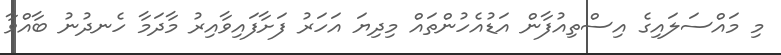
މި މައްސަލައިގެ އިސްތިއުފާން އަޑުއެހުންތައް މިދިޔަ އަހަރު ފަށާފައިވާއިރު މާދަމާ ހެނދުނު ބާއްވާ